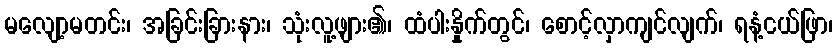
မလျော့မတင်း၊ အခြင်းခြားနား၊ သုံးလူ့ဖျား၏၊ ထံပါးနှိုက်တွင်၊ စောင့်လှာကျင်လျက်၊ ရနံ့ငယ်ဖြာ၊